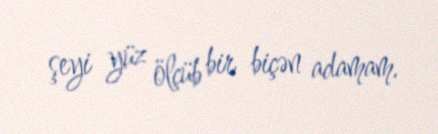
şeyi yüz ölçüb bir biçən adamam.